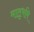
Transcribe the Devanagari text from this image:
मातृभमि